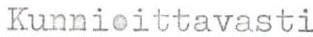
Kunnioittavasti